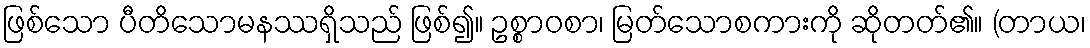
ဖြစ်သော ပီတိသောမနဿရှိသည် ဖြစ်၍။ ဥစ္စာဝစာ၊ မြတ်သောစကားကို ဆိုတတ်၏။ (တာယ၊